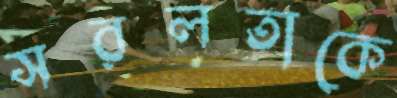
সরলতাকে